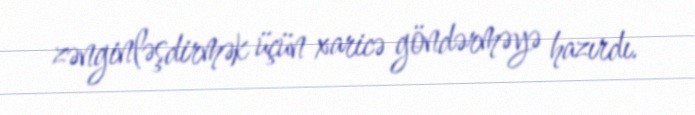
zənginləşdirmək üçün xaricə göndərməyə hazırdı.